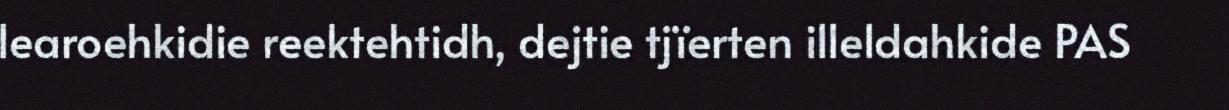
learoehkidie reektehtidh, dejtie tjïerten illeldahkide PAS